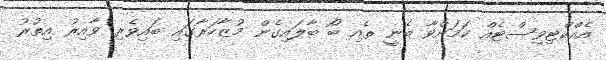
އެއްކްޓިވިސްޓެއް ކަމަށްވާ ބެނީ ތެއި ބޯ ބާލައިގެން މުޒާހަރާގައި ބައިވެރި ވާއިރު އިތުރު